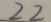
2 2